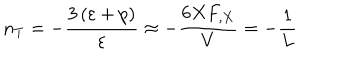
LaTeX: n _ { T } = - \frac { 3 \left( \varepsilon + p \right) } { \varepsilon } \approx - \frac { 6 X F _ { , X } } { V } = - \frac { 1 } { L }